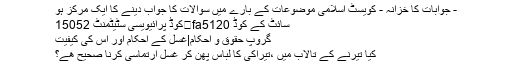
- جوابات کا خزانہ - کویسٹ اسلامی موضوعات کے بارے میں سوالات کا جواب دینے کا ایک مرکز ہو
سائٹ کے کوڈ fa5120	کوڈ پرائیویسی سٹیٹمنٹ 15052
گروپ حقوق و احکام|غسل کے احکام اور اس کی کیفیت
کیا تیرنے کے تالاب میں ،تیراکی کا لباس پهن کر غسل ارتماسی کرنا صحیح هے؟